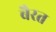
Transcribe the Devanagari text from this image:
बैरत